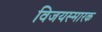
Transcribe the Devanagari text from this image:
विजयस्मारक